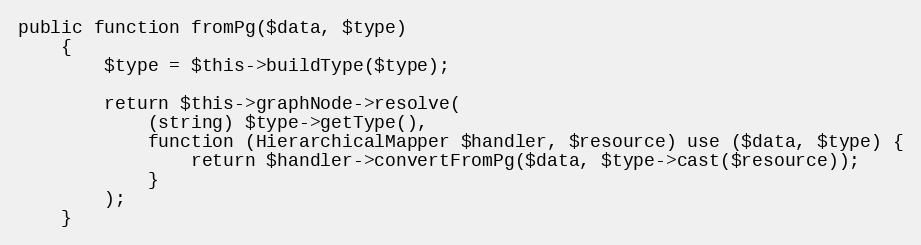
Language: PHP
public function fromPg($data, $type)
    {
        $type = $this->buildType($type);

        return $this->graphNode->resolve(
            (string) $type->getType(),
            function (HierarchicalMapper $handler, $resource) use ($data, $type) {
                return $handler->convertFromPg($data, $type->cast($resource));
            }
        );
    }